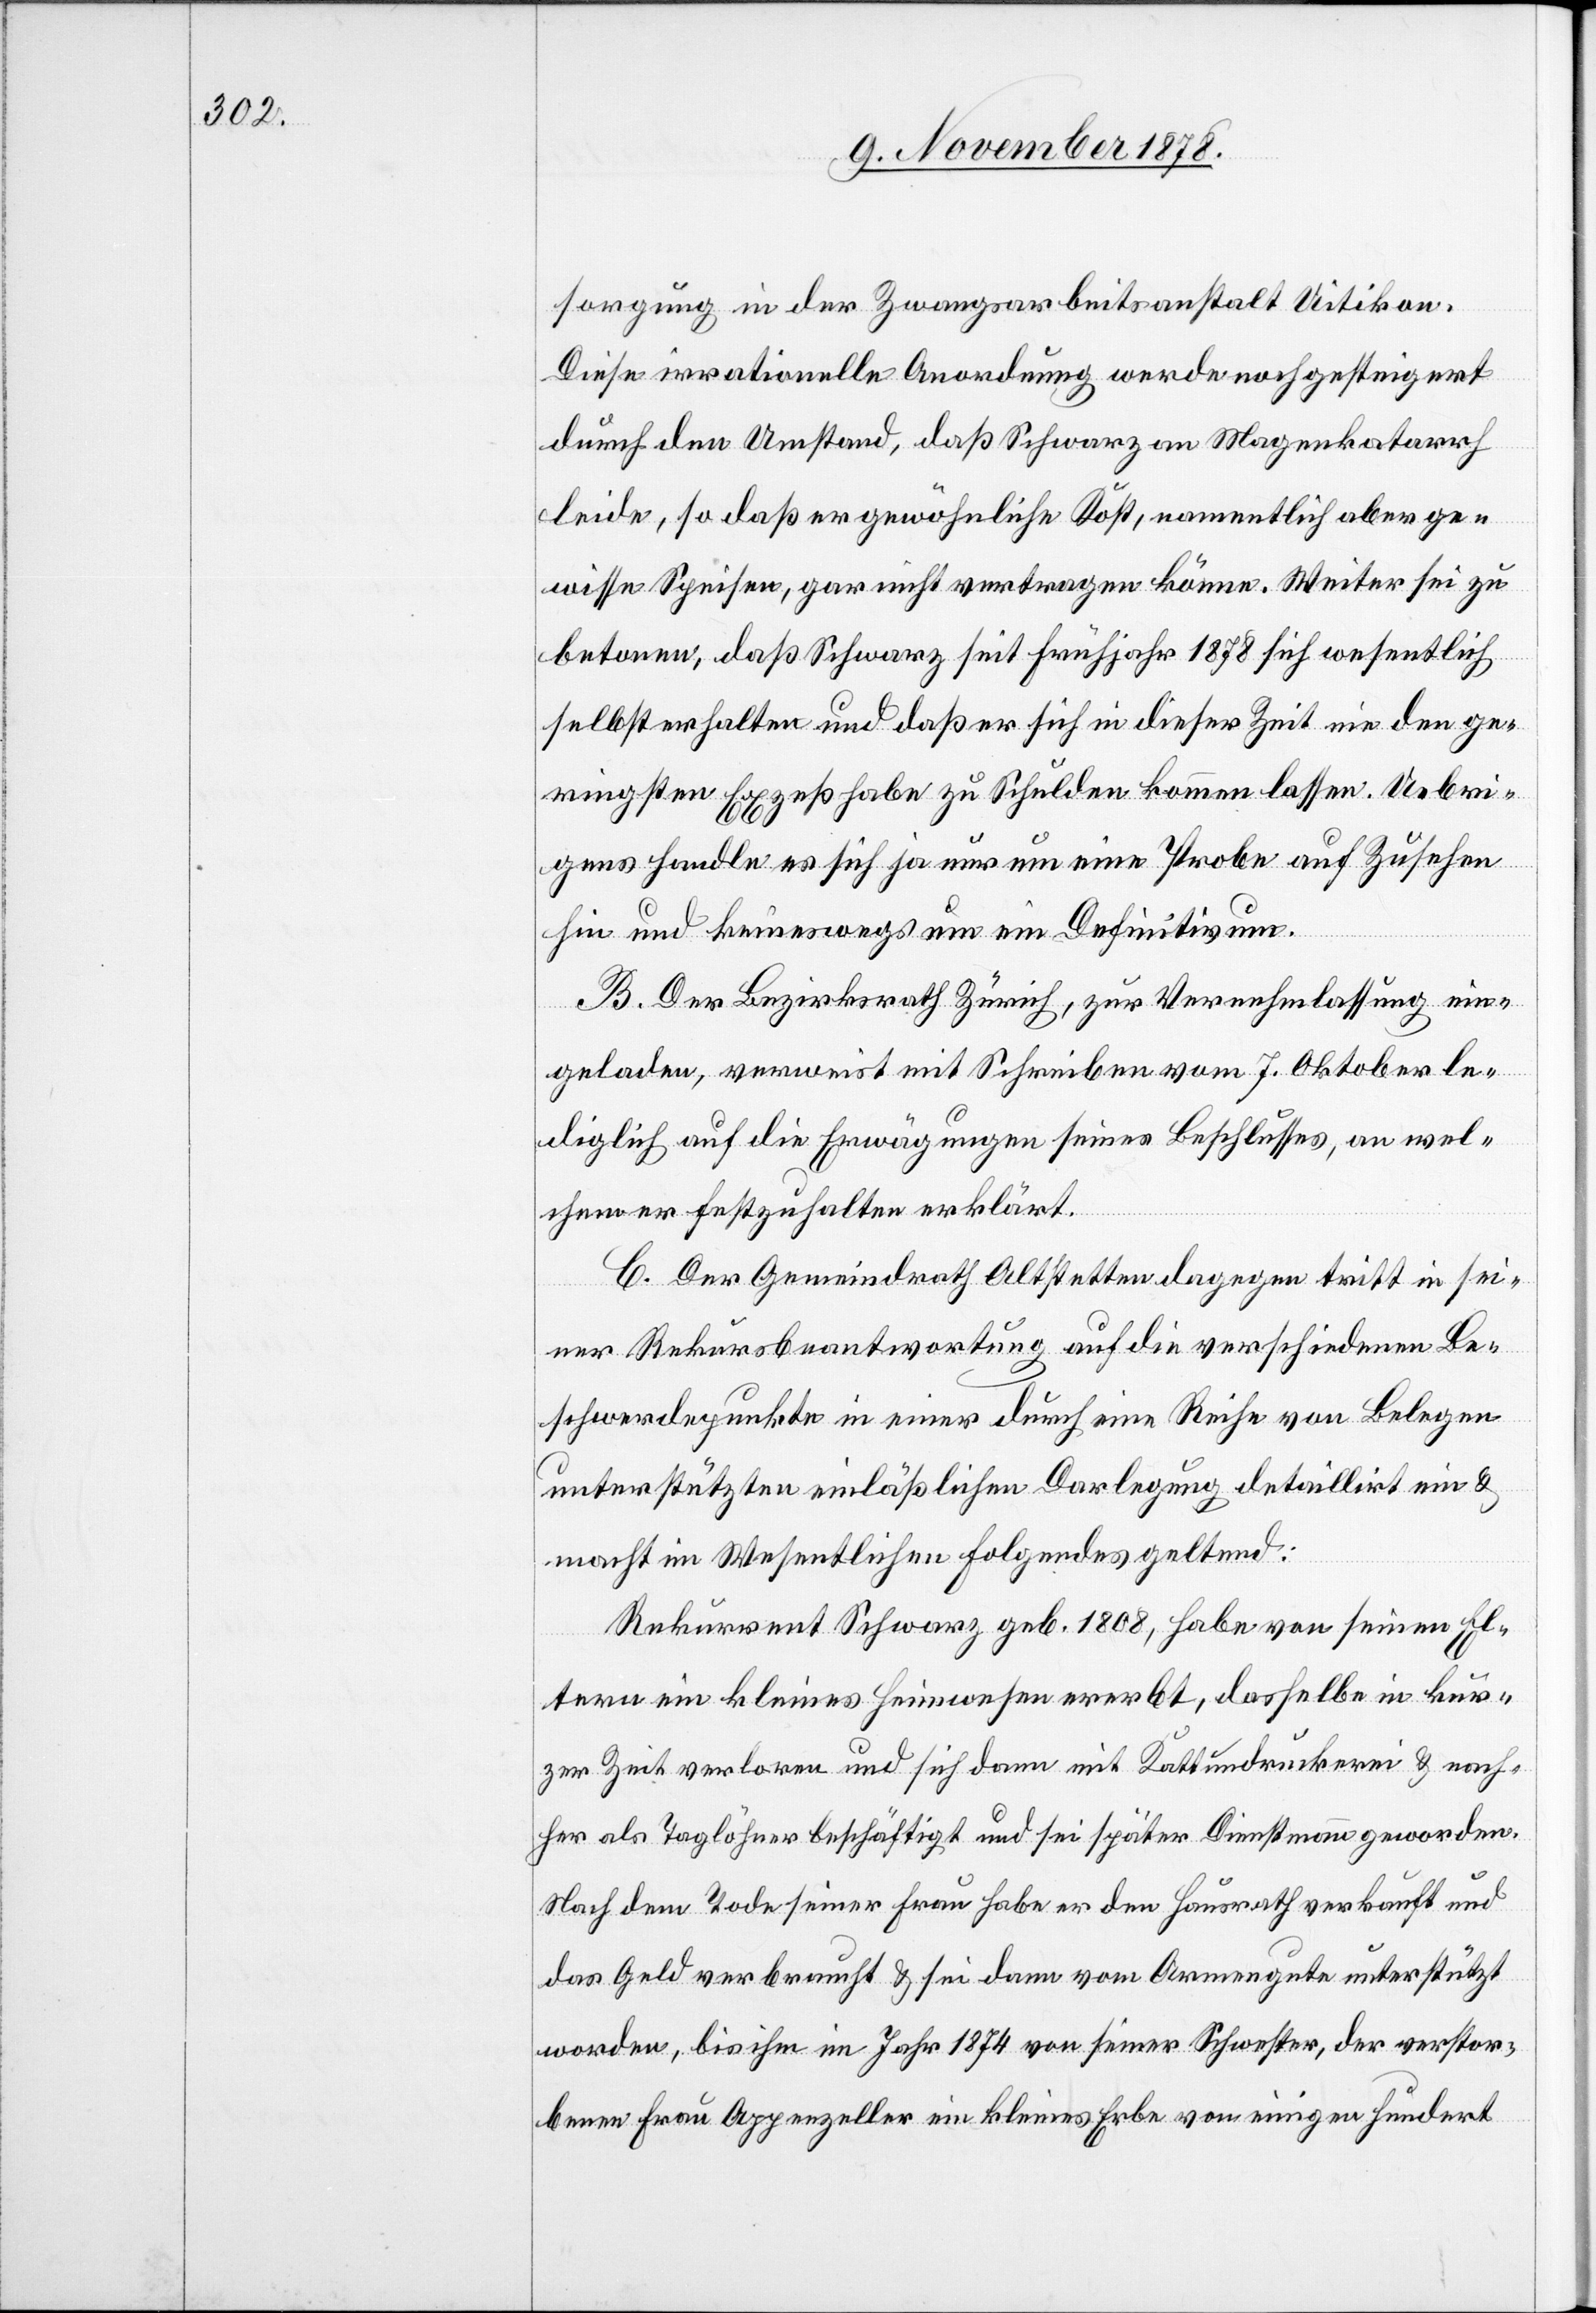
sorgung in der Zwangsarbeitsanstalt Uitikon.
Diese irrationelle Anordnung werde noch gesteigert
durch den Umstand, daß Schwarz am Magenkatarrh
leide, so daß er gewöhnliche Kost, namentlich aber ge¬
wisse Speisen, gar nicht vertragen könne. Weiter sei zu
betonen, daß Schwarz seit Frühjahr 1878 sich wesentlich
selbst erhalten und daß er sich in dieser Zeit nie den ge¬
ringsten Exzeß habe zu Schulden kommen lassen. Uebri¬
gens handle es sich ja nur um eine Probe auf Zusehen
hin und keineswegs um ein Definitivum.
B. Der Bezirksrath Zürich, zur Vernehmlassung ein¬
geladen, verweist mit Schreiben vom 7. Oktober le¬
diglich auf die Erwägungen seines Beschlusses, an wel¬
chem er festzuhalten erklärt.
C. Der Gemeindrath Altstetten dagegen tritt in sei¬
ner Rekursbeantwortung auf die verschiedenen Be¬
schwerdepunkte in einer durch eine Reihe von Belegen
unterstützten einläßlichen Darlegung detaillirt ein &
macht im Wesentlichen folgendes geltend:
Rekurrent Schwarz geb. 1808, habe von seinen El¬
tern ein kleines Heimwesen ererbt, dasselbe in kur¬
zer Zeit verloren und sich dann mit Kattundruckerei & nach¬
her als Taglöhner beschäftigt und sei später Dienstmann geworden.
Nach dem Tode seiner Frau habe er den Hausrath verkauft und
das Geld verbraucht & sei dann vom Armengute unterstützt
worden, bis ihm im Jahr 1874 von seiner Schwester, der verstor¬
benen Frau Appenzeller ein kleines Erbe von einigen hundert